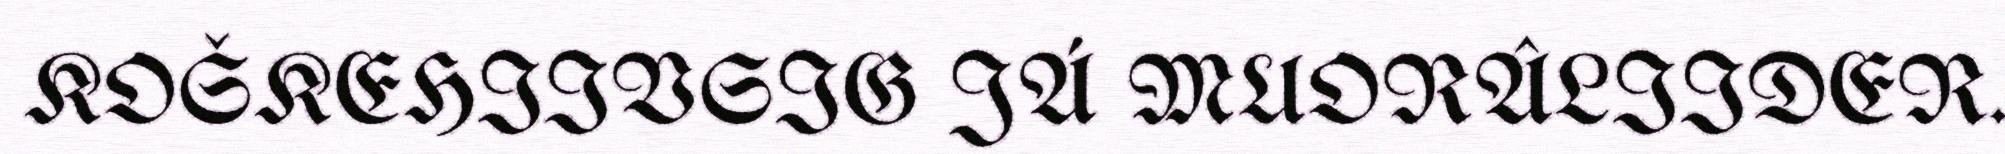
KOŠKEHIIVSIG JÁ MUORÂLIIDER.